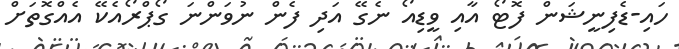
ހައި-ޑެފިނީޝަން ފޮޓޯ އާއި ވީޑިއޯ ނެގޭ އަދި ފެން ނުވަންނަ ގޯޕްރޯއެކޭ އެއްގޮތަށް